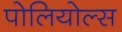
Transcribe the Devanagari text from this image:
पोलियोल्स